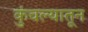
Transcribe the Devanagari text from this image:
कुंचल्यातून